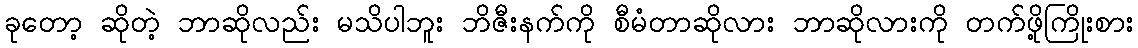
ခုတော့ ဆိုတဲ့ ဘာဆိုလည်း မသိပါဘူး ဘိဇီးနက်ကို စီမံတာဆိုလား ဘာဆိုလားကို တက်ဖို့ကြိုးစား